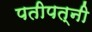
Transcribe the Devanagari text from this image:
पतीपत्नी